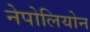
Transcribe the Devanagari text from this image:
नेपोलियोन